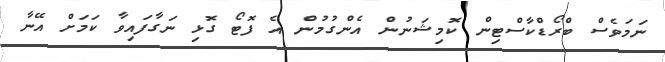
ނަމަވެސް ބްރޯޑްކާސްޓިން ކޮމިޝަނުން އެންގުމުން އެ ފޮޓޯ ގޮޅި ނަގާފައިވާ ކަމަށް އޭނާ